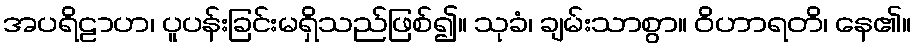
အပရိဠာဟ၊ ပူပန်းခြင်းမရှိသည်ဖြစ်၍။ သုခံ၊ ချမ်းသာစွာ။ ဝိဟာရတိ၊ နေ၏။